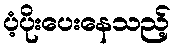
ပံ့ပိုးပေးနေသည့်